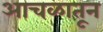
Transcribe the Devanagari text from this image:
आचळातून